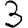
Digit: 3